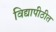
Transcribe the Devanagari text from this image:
विद्यापीठीत